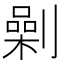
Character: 劋